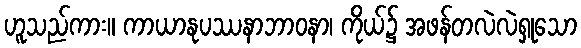
ဟူသည်ကား။ ကာယာနုပဿနာဘာဝနာ၊ ကိုယ်၌ အဖန်တလဲလဲရှုသော